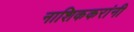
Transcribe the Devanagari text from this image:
नाशिककरांनी